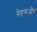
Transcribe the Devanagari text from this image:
नेहरूऔर